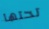
تحتها